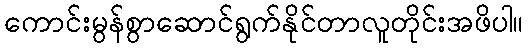
ကောင်းမွန်စွာဆောင်ရွက်နိုင်တာလူတိုင်းအဖိပါ။